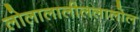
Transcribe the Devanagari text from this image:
लोलालालीललालोल